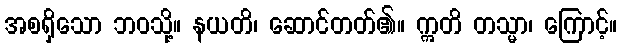
အစရှိသော ဘဝသို့။ နယတိ၊ ဆောင်တတ်၏။ ဣတိ တသ္မာ၊ ကြောင့်။